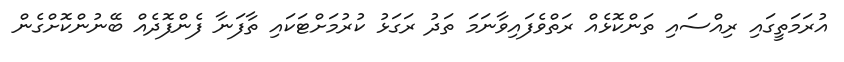
އުރަމަތީގައި ރިއްސައި ތަންކޮޅެއް ރަތްވެފައިވާނަމަ ތަދު ރަގަޅު ކުރުމަށްޓަކައި ތާފަނާ ފެންފޮދެއް ބޭނުންކޮށްގެން